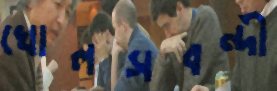
খোলসবন্দী